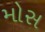
મોસ